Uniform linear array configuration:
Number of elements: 32
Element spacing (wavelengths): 0.25
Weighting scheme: hann
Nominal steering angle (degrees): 15
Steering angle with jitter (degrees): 14.367
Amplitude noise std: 0.05
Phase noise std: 0.05

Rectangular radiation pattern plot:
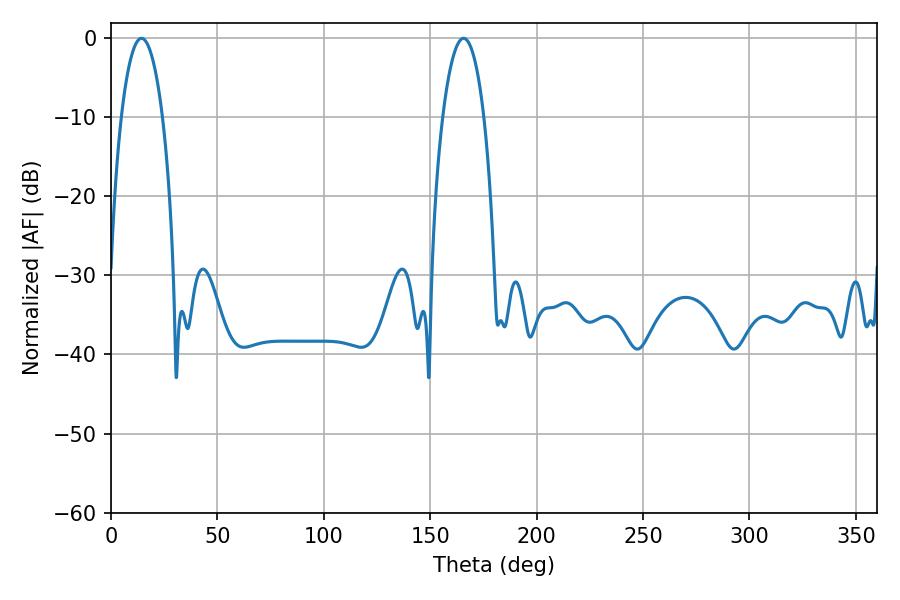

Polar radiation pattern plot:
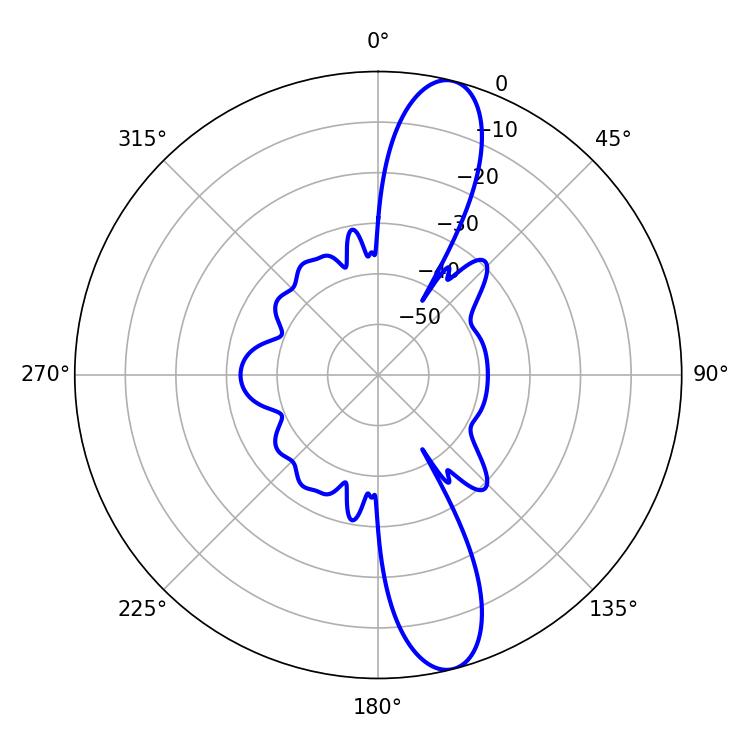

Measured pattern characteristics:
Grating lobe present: FALSE
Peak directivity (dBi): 13.026
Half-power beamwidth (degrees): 10.8
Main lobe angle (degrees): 14.4